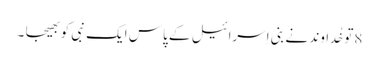
8تو خُداوند نے بنی اِسرائیل کے پاس ایک نبی کو بھیجا ۔